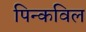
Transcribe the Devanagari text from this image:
पिन्कविल